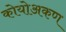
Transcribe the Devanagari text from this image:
कोयोअकण